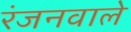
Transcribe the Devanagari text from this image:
रंजनवाले